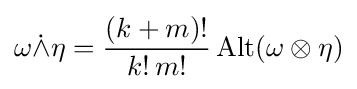
\omega {\dot {\wedge }}\eta ={\frac {(k+m)!}{k!\,m!}}\operatorname {Alt} (\omega \otimes \eta )